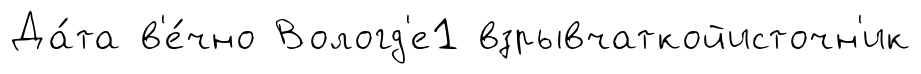
Да́та в'е́чно Вологд'е1 взрывчаткойисточн'ик